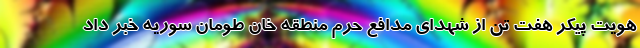
هویت پیکر هفت تن از شهدای مدافع حرم منطقه خان طومان سوریه خبر داد